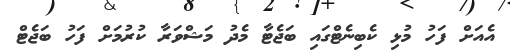
އެއަށް ފަހު މުޅި ކެބިނެޓްގައި ބަޖެޓާ މެދު މަޝްވަރާ ކުރުމަށް ފަހު ބަޖެޓް